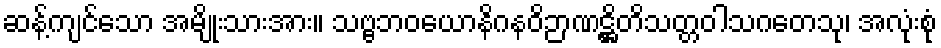
ဆန့်ကျင်သော အမျိုးသားအား။ သဗ္ဗဘဝယောနိဂနဝိဉာဏဋ္ဌိတိသတ္တဝါသဂတေသု၊ အလုံးစုံ